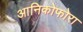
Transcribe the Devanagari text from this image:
आनिकोफोरा